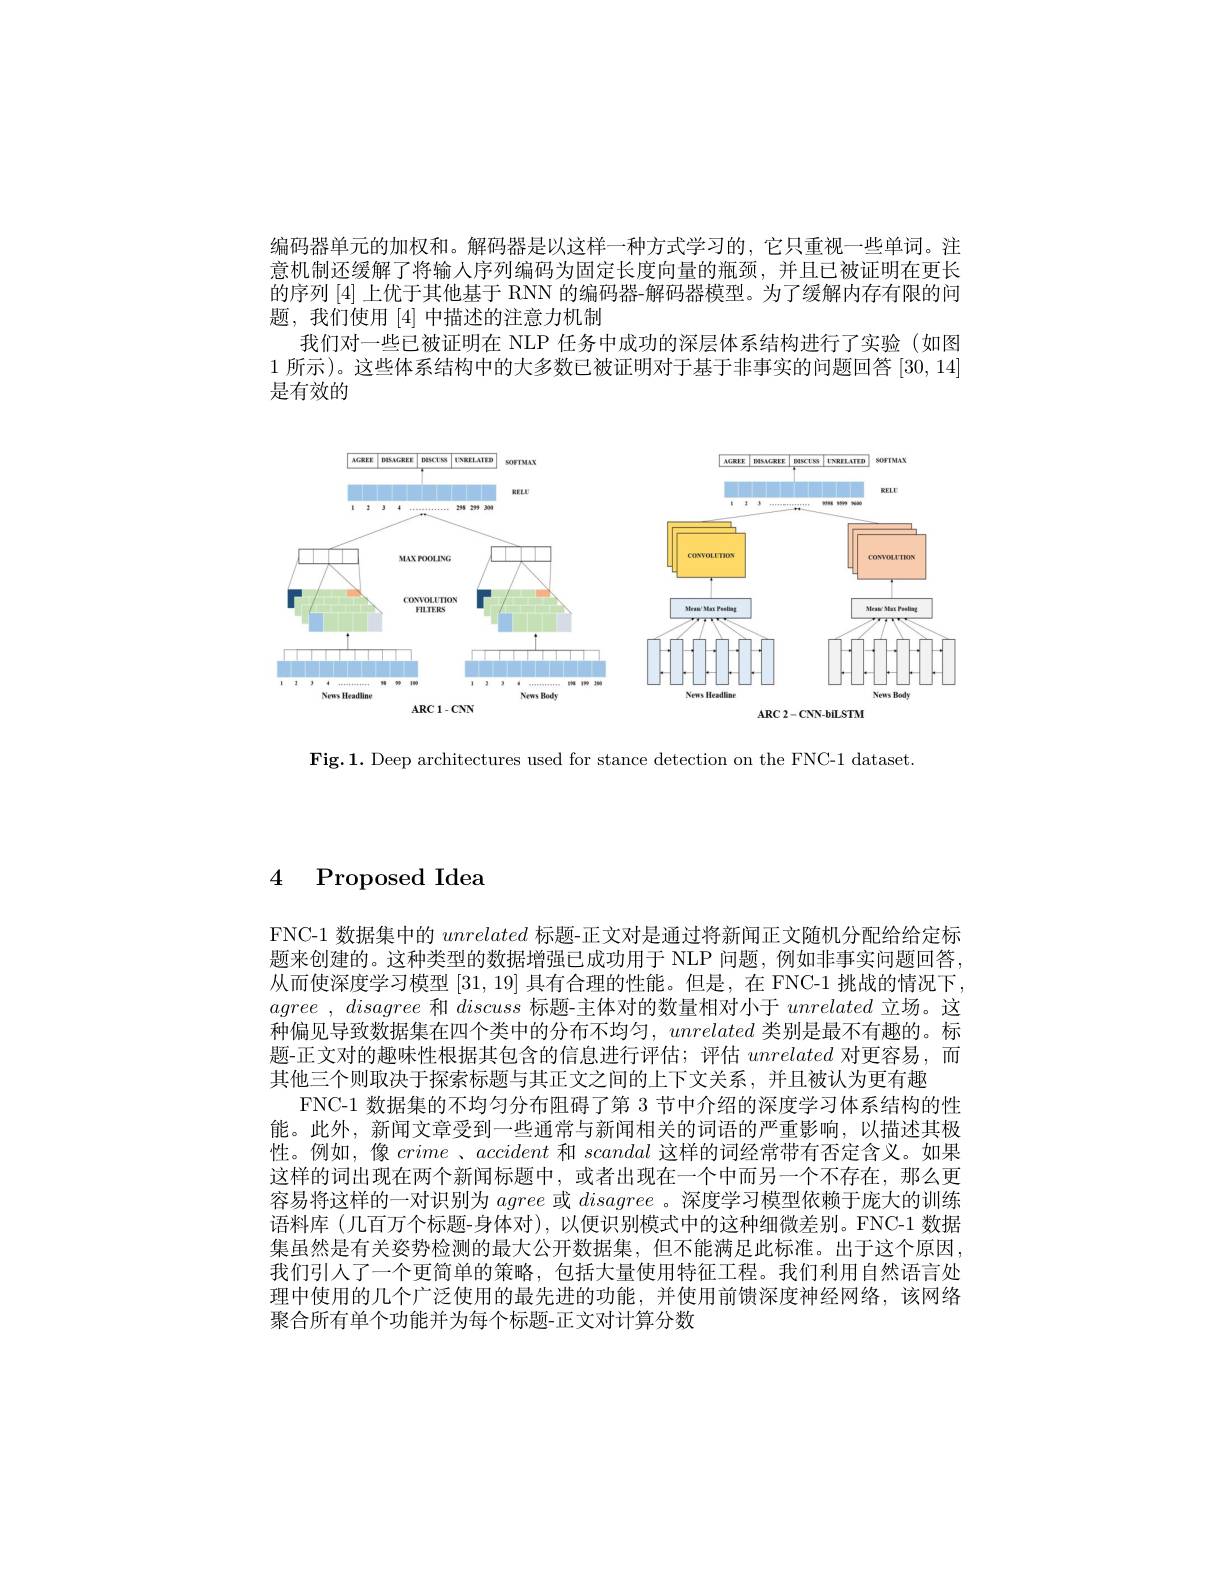
编码器单元的加权和。解码器是以这样一种方式学习的，它只重视一些单词。注意机制还缓解了将输人序列编码为固定长度向量的瓶颈，并且已被证明在更长的序列[4]上优于其他基于 RNN 的编码器-解码器模型。为了缓解内存有限的问题，我们使用[4]中描述的注意力机制
我们对一些已被证明在 NLP 任务中成功的深层体系结构进行了实验(如图1 所示)。这些体系结构中的大多数已被证明对于基于非事实的问题回答[30,14] 是有效的

<FigureHere>

$\mathbf{Fig.1.~Deep~architectures~used~for~stance~detection~on~the~FNC-1~dataset}$

4 Proposed Idea

FNC-1 数据集中的unrelated标题-正文对是通过将新闻正文随机分配给给定标题来创建的。这种类型的数据增强已成功用于 NLP 问题，例如非事实问题回答， 从而使深度学习模型[31,19]具有合理的性能。但是，在 FNC-1 挑战的情况下， agree , disagree和discuss标题-主体对的数量相对小于unrelated立场。这种偏见导致数据集在四个类中的分布不均匀，unrelated类别是最不有趣的。标题-正文对的趣味性根据其包含的信息进行评估；评估unrelated对更容易，而其他三个则取决于探索标题与其正文之间的上下文关系，并且被认为更有趣
FNC-1 数据集的不均匀分布阻碍了第 3 节中介绍的深度学习体系结构的性能。此外，新闻文章受到一些通常与新闻相关的词语的严重影响，以描述其极性。例如，像crime 、accident和scandal这样的词经常带有否定含义。如果这样的词出现在两个新闻标题中，或者出现在一个中而另一个不存在，那么更容易将这样的一对识别为agree或disagree 。深度学习模型依赖于庞大的训练语料库(几百万个标题-身体对),以便识别模式中的这种细微差别。FNC-1 数据集虽然是有关姿势检测的最大公开数据集，但不能满足此标准。出于这个原因， 我们引人了一个更简单的策略，包括大量使用特征工程。我们利用自然语言处理中使用的几个广泛使用的最先进的功能，并使用前馈深度神经网络，该网络聚合所有单个功能并为每个标题-正文对计算分数